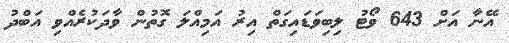
އޭނާ އަށް 643 ވޯޓު ލިބިވަޑައިގަތް އިރު އަމިއްލަ ގޮތުން ވާދަކުރެއްވި އަބްދު